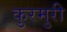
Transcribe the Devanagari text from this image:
कुरमुरी